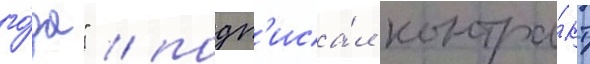
го́да" / подп'иса́л контра́кт